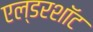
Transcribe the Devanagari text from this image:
एल्डरशॉट